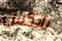
بانكس